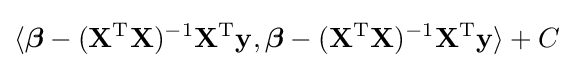
\langle {\boldsymbol {\beta }}-(\mathbf {X} ^{\rm {T}}\mathbf {X} )^{-1}\mathbf {X} ^{\rm {T}}\mathbf {y} ,{\boldsymbol {\beta }}-(\mathbf {X} ^{\rm {T}}\mathbf {X} )^{-1}\mathbf {X} ^{\rm {T}}\mathbf {y} \rangle +C